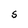
Character: S